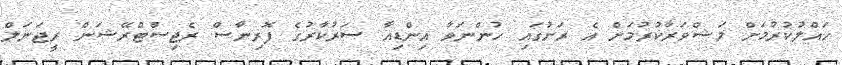
ހައްލުކުރުމަށް މަޝްވަރާކުރުމަށް އެ ރަށުގައި ހުންނަވާ އިންޑިއާ ސަރުކާރުގެ ފޮރިނާސް ރެޖިސްޓްރޭޝަން ރީޖަނަލް